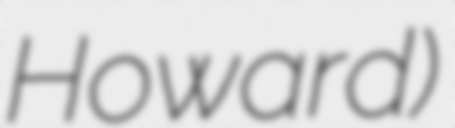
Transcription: Howard)